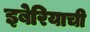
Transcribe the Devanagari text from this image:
इबेरियाची